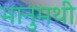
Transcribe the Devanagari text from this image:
भानुमथी